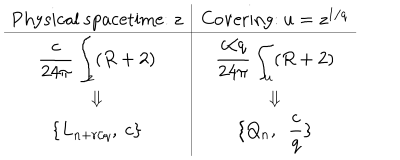
\begin{array} { c | c } { { \mathrm { P h y s i c a l ~ s p a c e t i m e : ~ } z } } & { { \mathrm { C o v e r i n g : ~ } u = z ^ { 1 / q } } } \\ \hline { { { \displaystyle { \frac { c } { 2 4 \pi } } \int _ { z } ( R + 2 ) } } } & { { { \displaystyle { \frac { c / q } { 2 4 \pi } } \int _ { u } ( R + 2 ) } } } \\ { { \Downarrow } } & { { \Downarrow } } \\ { { \{ L _ { n + r / q } , \ c \} } } & { { \{ Q _ { n } , \ \ { \displaystyle { \frac { c } { q } } \} } } } \\ \end{array}